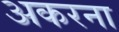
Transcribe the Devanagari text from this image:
अकरना